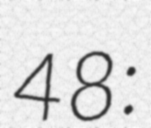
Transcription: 48: